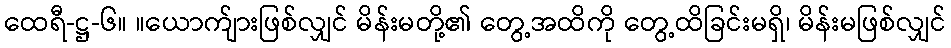
ထေရီ-ဋ္ဌ-၆။ ။ယောက်ျားဖြစ်လျှင် မိန်းမတို့၏ တွေ့အထိကို တွေ့ထိခြင်းမရှိ၊ မိန်းမဖြစ်လျှင်